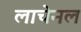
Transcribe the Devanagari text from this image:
लाचेनल